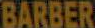
BARBER